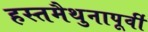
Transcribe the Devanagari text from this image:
हस्तमैथुनापूर्वी